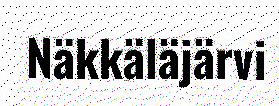
Näkkäläjärvi